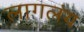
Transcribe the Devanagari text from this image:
लागलंय